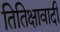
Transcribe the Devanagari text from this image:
तितिक्षावादी